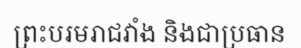
ព្រះបរមរាជវាំង និងជាប្រធាន